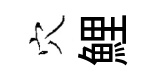
穴鯉